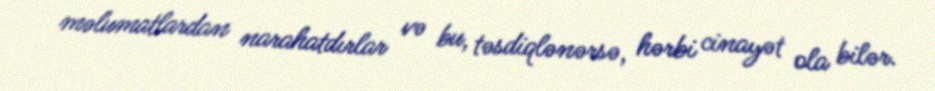
məlumatlardan narahatdırlar və bu, təsdiqlənərsə, hərbi cinayət ola bilər.